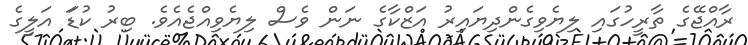
ރާއްޖޭގެ ތާރީހުގައި ލިޔެވިގެންދިޔައިރު އަޒްކާގެ ނަން ވެސް ލިޔެވިއްޖެއެވެ. ބިރު ކުޑަަ އަލީގެ